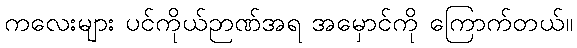
ကလေးများ ပင်ကိုယ်ဉာဏ်အရ အမှောင်ကို ကြောက်တယ်။